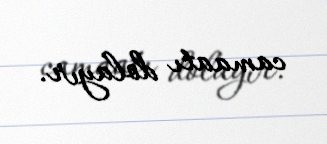
camaatı dolayır.